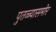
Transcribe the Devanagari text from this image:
पुतळ्यासमोर